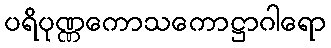
ပရိပုဏ္ဏကောသကောဋ္ဌာဂါရော